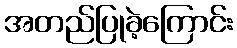
အတည်ပြုခဲ့ကြောင်း